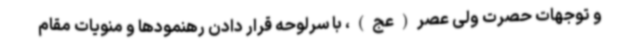
و توجهات حصرت ولی عصر(عج)، با سرلوحه قرار دادن رهنمودها و منویات مقام